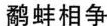
鹬蚌相争